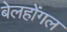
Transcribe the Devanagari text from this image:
बेलहोंगल